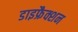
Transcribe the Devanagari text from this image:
डाइफ्रैक्शन